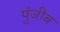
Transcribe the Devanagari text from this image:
पुंजीब